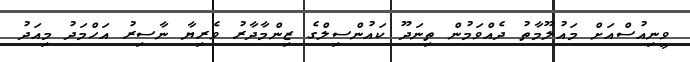
ވީނިއުސްއަށް މައުލޫމާތު ދެއްވަމުން ތިނަދޫ ކައުންސިލްގެ ޒިންމާދާރު ވެރިޔާ ނާސިރު އަހްމަދު މިއަދު